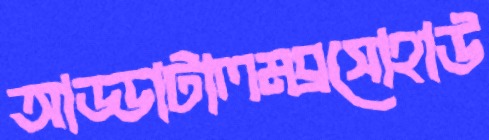
আড্ডাটালমব্রসোহাউ